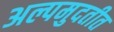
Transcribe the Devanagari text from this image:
अल्पमुदतीत